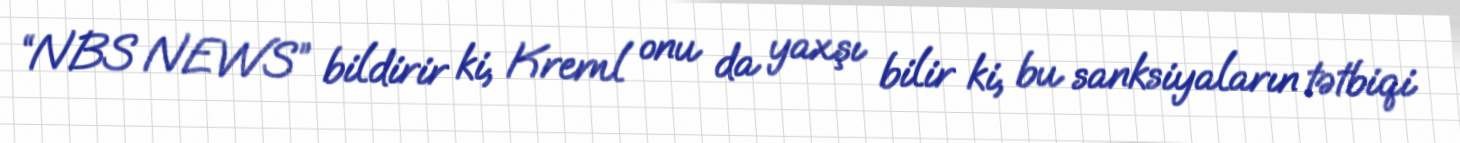
“NBS NEWS” bildirir ki, Kreml onu da yaxşı bilir ki, bu sanksiyaların tətbiqi